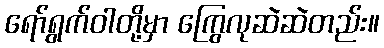
ရော်ရွက်ဝါတို့မှာ ကြွေလုဆဲဆဲတည်း။